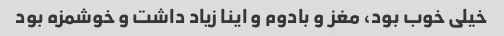
خیلی خوب بود، مغز و بادوم و اینا زیاد داشت و خوشمزه بود